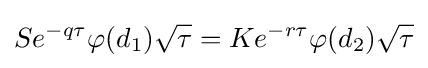
Se^{-q\tau }\varphi (d_{1}){\sqrt {\tau }}=Ke^{-r\tau }\varphi (d_{2}){\sqrt {\tau }}